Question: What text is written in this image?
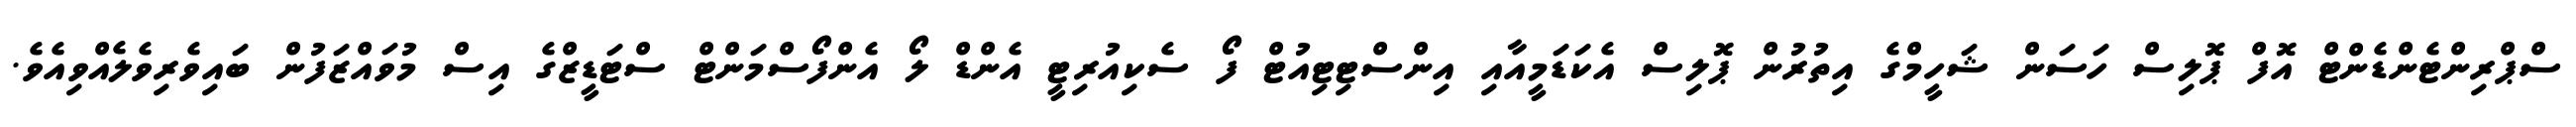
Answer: ސްޕްރިންޓެންޑެންޓް އޮފް ޕޮލިސް ހަސަން ޝަހީމްގެ އިތުރުން ޕޮލިސް އެކަޑަމީއާއި އިންސްޓިޓިއުޓް ފޯ ސެކިއުރިޓީ އެންޑް ލޯ އެންފޯސްމަންޓް ސްޓަޑީޒްގެ އިސް މުވައްޒަފުން ބައިވެރިވެލެއްވިއެވެ.